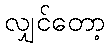
လျှင်တော့